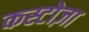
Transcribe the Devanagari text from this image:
कस्टोज़ा